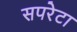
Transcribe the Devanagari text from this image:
सपरेटा